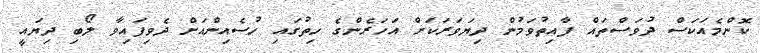
ކޮންމެއަކަސް ދުވަސްތައް ފާއިތުވަމުން ދިޔަވަރަކަށް އަހަރެންގެ ހިތުގައި ހުސެއިންއަށް ދެވިފައިވާ ލޯބި ދިޔައީ